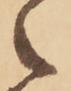
之